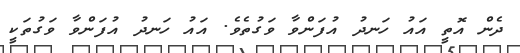
ދެން އޮތީ އައު ހަނދު އުފަންވާ ވަގުތެވެ. އައު ހަނދު އުފަންވާ ވަގުތަކީ